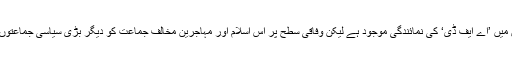
گو کہ جرمنی کی 16 ریاستوں میں 14 صوبائی پارلیمان میں ’اے ایف ڈی‘ کی نمائندگی موجود ہے لیکن وفاقی سطح پر اس اسلام اور مہاجرین مخالف جماعت کو دیگر بڑی سیاسی جماعتوں کی طرف سے مستقل مزاحمت کا سامنا کرنا پڑ رہا ہے۔